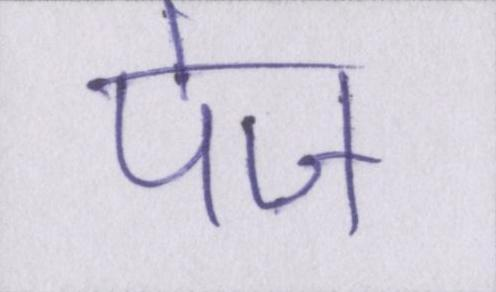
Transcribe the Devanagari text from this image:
पेज